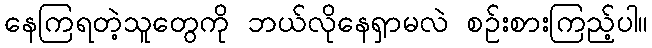
နေကြရတဲ့သူတွေကို ဘယ်လိုနေရှာမလဲ စဉ်းစားကြည့်ပါ။